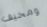
ومخيف